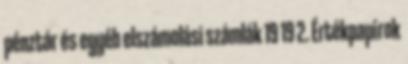
pénztár és egyéb elszámolási számlák 19 19 2. Értékpapírok